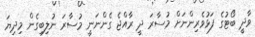
ވާދީ ބޯޓުގެ ފަޅުވެރިންނަށް މުސާރަ ދީ ރާއްޖެ ގެންނަނީ މުސާރަ ނުލިބިގެން މިދިޔަ